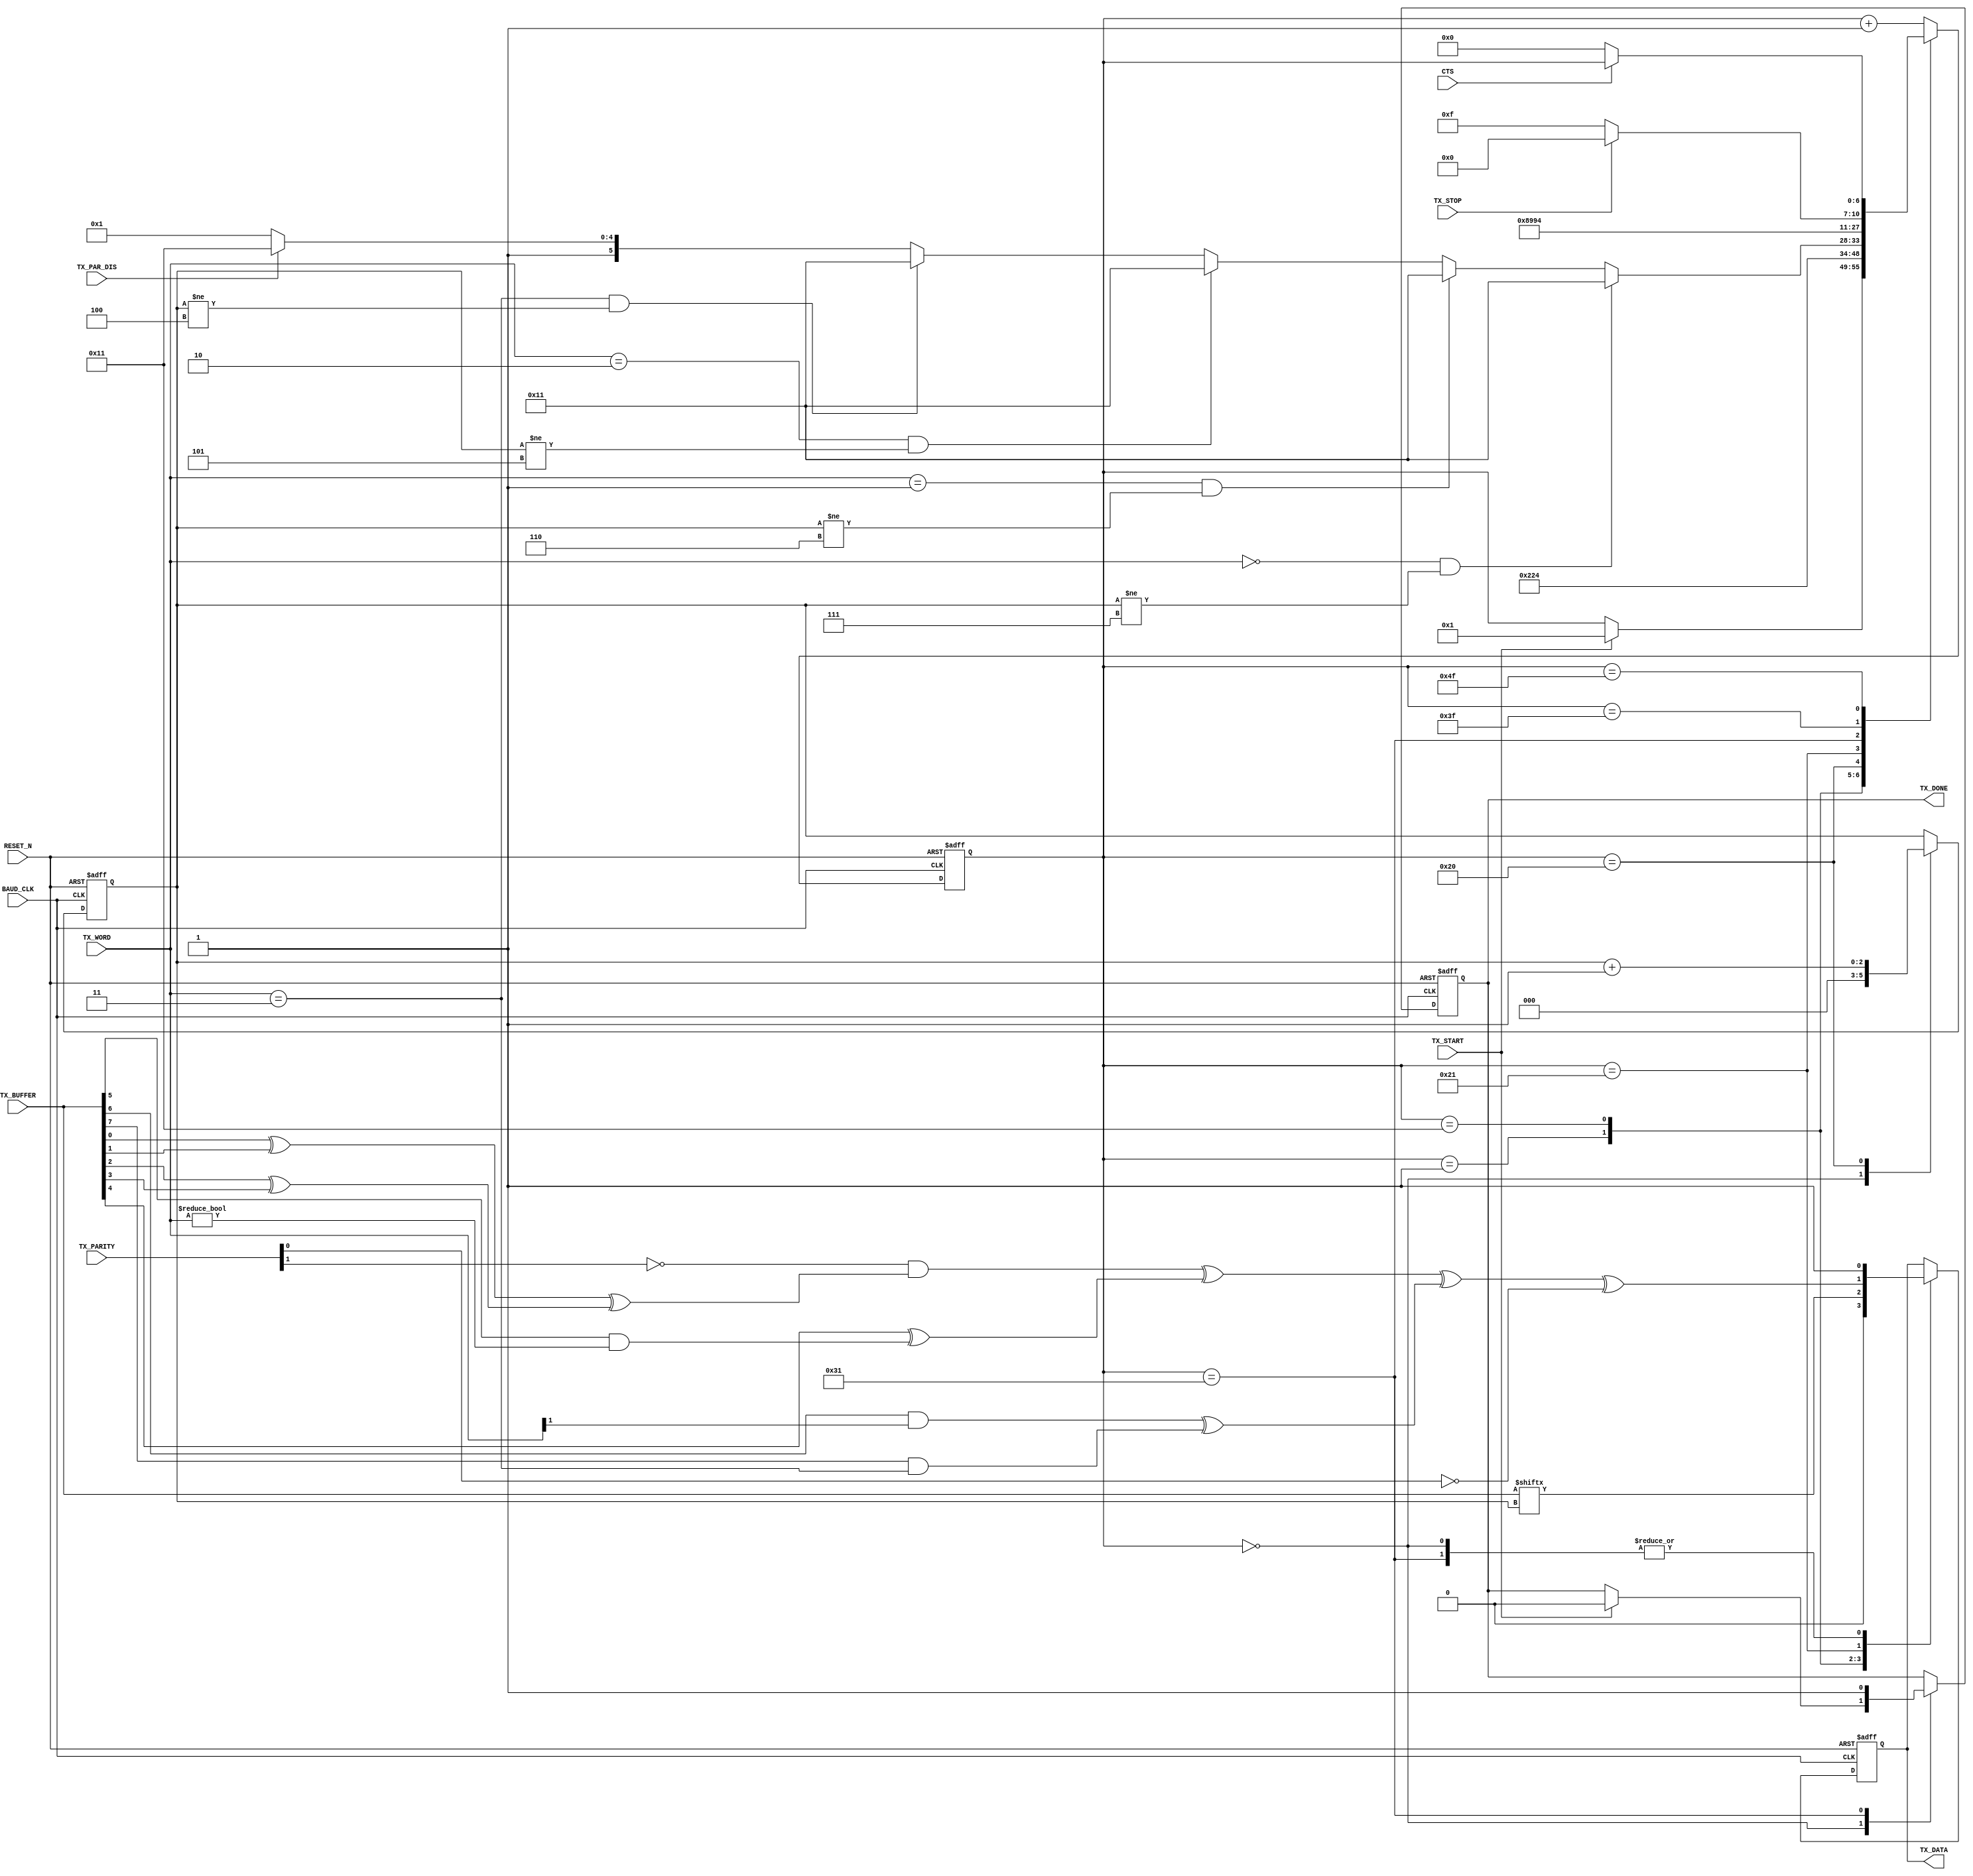
////////////////////////////////////////////////////////////////////////////////
// Project Name:	CoCo3FPGA Version 1.0
//
// CoCo3 in an FPGA
// Based on the Spartan 3 Starter board by Digilent Inc.
// with the 1000K gate upgrade
//
// Revision: 1.0 08/31/08
////////////////////////////////////////////////////////////////////////////////
//
// CPU section copyrighted by John Kent
//
////////////////////////////////////////////////////////////////////////////////
//
// Color Computer 3 compatible system on a chip
//
// Version : 1.0
//
// Copyright (c) 2008 Gary Becker (gary_l_becker@yahoo.com)
//
// All rights reserved
//
// Redistribution and use in source and synthezised forms, with or without
// modification, are permitted provided that the following conditions are met:
//
// Redistributions of source code must retain the above copyright notice,
// this list of conditions and the following disclaimer.
//
// Redistributions in synthesized form must reproduce the above copyright
// notice, this list of conditions and the following disclaimer in the
// documentation and/or other materials provided with the distribution.
//
// Neither the name of the author nor the names of other contributors may
// be used to endorse or promote products derived from this software without
// specific prior written permission.
//
// THIS SOFTWARE IS PROVIDED BY THE COPYRIGHT HOLDERS AND CONTRIBUTORS "AS IS"
// AND ANY EXPRESS OR IMPLIED WARRANTIES, INCLUDING, BUT NOT LIMITED TO,
// THE IMPLIED WARRANTIES OF MERCHANTABILITY AND FITNESS FOR A PARTICULAR
// PURPOSE ARE DISCLAIMED. IN NO EVENT SHALL THE AUTHOR OR CONTRIBUTORS BE
// LIABLE FOR ANY DIRECT, INDIRECT, INCIDENTAL, SPECIAL, EXEMPLARY, OR
// CONSEQUENTIAL DAMAGES (INCLUDING, BUT NOT LIMITED TO, PROCUREMENT OF
// SUBSTITUTE GOODS OR SERVICES; LOSS OF USE, DATA, OR PROFITS; OR BUSINESS
// INTERRUPTION) HOWEVER CAUSED AND ON ANY THEORY OF LIABILITY, WHETHER IN
// CONTRACT, STRICT LIABILITY, OR TORT (INCLUDING NEGLIGENCE OR OTHERWISE)
// ARISING IN ANY WAY OUT OF THE USE OF THIS SOFTWARE, EVEN IF ADVISED OF THE
// POSSIBILITY OF SUCH DAMAGE.
//
// Please report bugs to the author, but before you do so, please
// make sure that this is not a derivative work and that
// you have the latest version of this file.
//
// The latest version of this file can be found at:
//      http://groups.yahoo.com/group/CoCo3FPGA
//
// File history :
//
//  1.0		Full release
//
////////////////////////////////////////////////////////////////////////////////
// Gary Becker
// gary_L_becker@yahoo.com
////////////////////////////////////////////////////////////////////////////////

module uart51_tx(
BAUD_CLK,
RESET_N,
TX_DATA,
TX_START,
TX_DONE,
TX_STOP,
TX_WORD,
TX_PAR_DIS,
TX_PARITY,
CTS,
TX_BUFFER
);

input					BAUD_CLK;
input					RESET_N;
output				TX_DATA;
reg					TX_DATA;
input					TX_START;
output				TX_DONE;
reg					TX_DONE;
input					TX_STOP;
input		[1:0]		TX_WORD;
input					TX_PAR_DIS;
input		[1:0]		TX_PARITY;
input					CTS;
input		[7:0]		TX_BUFFER;

reg		[6:0]		STATE;
reg		[2:0]		BIT;
wire					PARITY;

assign PARITY =	(~TX_PARITY[1]

					&	((TX_BUFFER[0] ^ TX_BUFFER[1])
					^	 (TX_BUFFER[2] ^ TX_BUFFER[3]))

					^	 (TX_BUFFER[4]
					^   (TX_BUFFER[5] & (TX_WORD != 2'b00)))

					^  ((TX_BUFFER[6] & (TX_WORD[1] == 1'b1))
					^   (TX_BUFFER[7] & (TX_WORD == 2'b11)))) // clear bit #8 if only 7 bits

					^	  ~TX_PARITY[0];

always @ (negedge BAUD_CLK or negedge RESET_N)
begin
	if(!RESET_N)
	begin
		STATE <= 7'b0000000;
		TX_DATA <= 1'b1;
		TX_DONE <= 1'b1;
		BIT <= 3'b000;
	end
	else
	begin
		case (STATE)
		7'b0000000:
		begin
			BIT <= 3'b000;
			TX_DATA <= 1'b1;
			if(TX_START == 1'b1)
			begin
				TX_DONE <= 1'b0;
				STATE <= 7'b0000001;
			end
		end
		7'b0000001:									// Start bit
		begin
			TX_DATA <= 1'b0;
			STATE <= 7'b0000010;
		end
		7'b0010001:
		begin
			TX_DATA <= TX_BUFFER[BIT];
			STATE <= 7'b0010010;
		end
		7'b0100000:
		begin
			BIT <= BIT + 1;
			if((TX_WORD == 2'b00) && (BIT != 3'b111))
			begin
				STATE <= 7'b0010001;
			end
			else
			begin
				if((TX_WORD == 2'b01) && (BIT != 3'b110))
				begin
					STATE <= 7'b0010001;
				end
				else
				begin
					if((TX_WORD == 2'b10) && (BIT != 3'b101))
					begin
						STATE <= 7'b0010001;
					end
					else
					begin
						if((TX_WORD == 2'b11) && (BIT != 3'b100))
						begin
							STATE <= 7'b0010001;
						end
						else
						begin
							if(!TX_PAR_DIS)
							begin
								STATE <= 7'b0100001;				// do parity
							end
							else
							begin
								STATE <= 7'b0110001;				// do stop
							end
						end
					end
				end
			end
		end
// Start parity bit
		7'b0100001:
		begin
			TX_DATA <= PARITY;
			STATE <= 7'b0100010;
		end
// start stop
		7'b0110001:
		begin
			TX_DONE <= 1'b1;
			TX_DATA <= 1'b1;
			STATE <= 7'b0110010;
		end
// end of first stop bit-1
		7'b0111111:
		begin
			if(!TX_STOP)
				STATE <= 7'b1001111;						// go check for CTS
			else
				STATE <= 7'b1000000;
		end
		7'b1001111:
		begin
			if(!CTS)								// this is not correct for a 6551
			begin
				STATE <= 7'b0000000;
			end
		end
		default: STATE <= STATE + 1;
		endcase
	end
end
endmodule